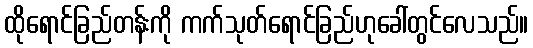
ထိုရောင်ခြည်တန်းကို ကက်သုတ်ရောင်ခြည်ဟုခေါ်တွင်လေသည်။